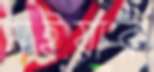
মইয়ার